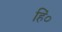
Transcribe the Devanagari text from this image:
हिं०